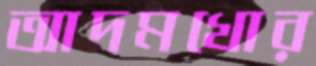
আদমখোর